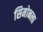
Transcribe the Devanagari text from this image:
सिमोनला